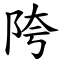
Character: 陓